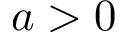
a > 0